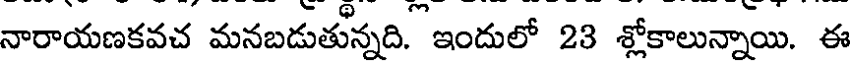
నారాయణకవచ మనబడుతున్నది. ఇందులో 23 శ్లోకాలున్నాయి. ఈ